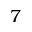
7